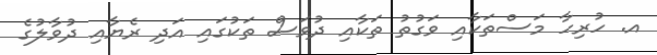
އ. ހުރިހާ މަސްތަކާއި ވަގުތު ތަކާއި ދުވަސް ތަކުގައި އަދި ރެޔާއި ދުވާލުގެ